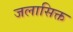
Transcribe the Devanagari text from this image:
जलासिक्त